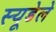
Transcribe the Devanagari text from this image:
स्यूडेले